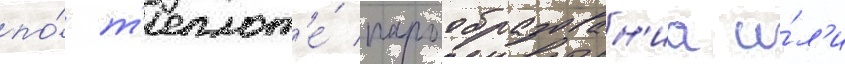
по́ т'еплот'е́ парообразован'иа и́л'и